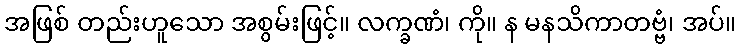
အဖြစ် တည်းဟူသော အစွမ်းဖြင့်။ လက္ခဏံ၊ ကို။ န မနသိကာတဗ္ဗံ၊ အပ်။